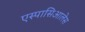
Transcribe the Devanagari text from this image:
एस्पासिआलेस